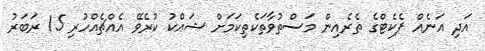
އަދި އަނެއް ޕެކެޓްގެ ތެރެއިން މަސްތުވާތަކެތިކަމަށް ޝައްކު ކުރެވޭ އެއްޗެއްހުރި 15 ރަބަރު